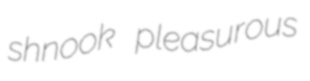
shnook pleasurous